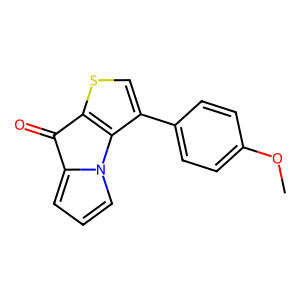
SMILES: COc1ccc(-c2csc3c2-n2cccc2C3=O)cc1
Inhibits HIV replication: No